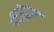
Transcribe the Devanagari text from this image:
प्त